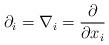
LaTeX: \begin{align*}\partial_{i}=\nabla_{i}=\frac{\partial}{\partial x_{i}}\end{align*}